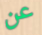
عن